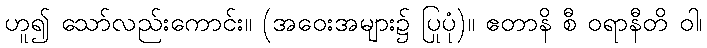
ဟူ၍ သော်လည်းကောင်း။ (အဝေးအများ၌ ပြုပုံ)။ ဧတာနိ စီ ဝရာနီတိ ဝါ၊